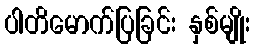
ပါတိမောက်ပြခြင်း နှစ်မျိုး